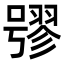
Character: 𡀒